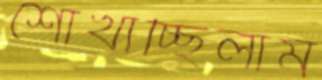
শোখাচ্ছিলাম